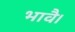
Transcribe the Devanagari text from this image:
भावै।